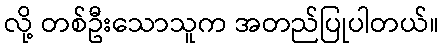
လို့ တစ်ဦးသောသူက အတည်ပြုပါတယ်။